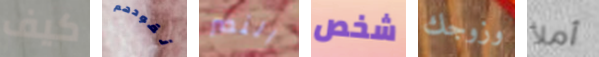
كيف نقودهم النصر شخص وزوجك أملأ